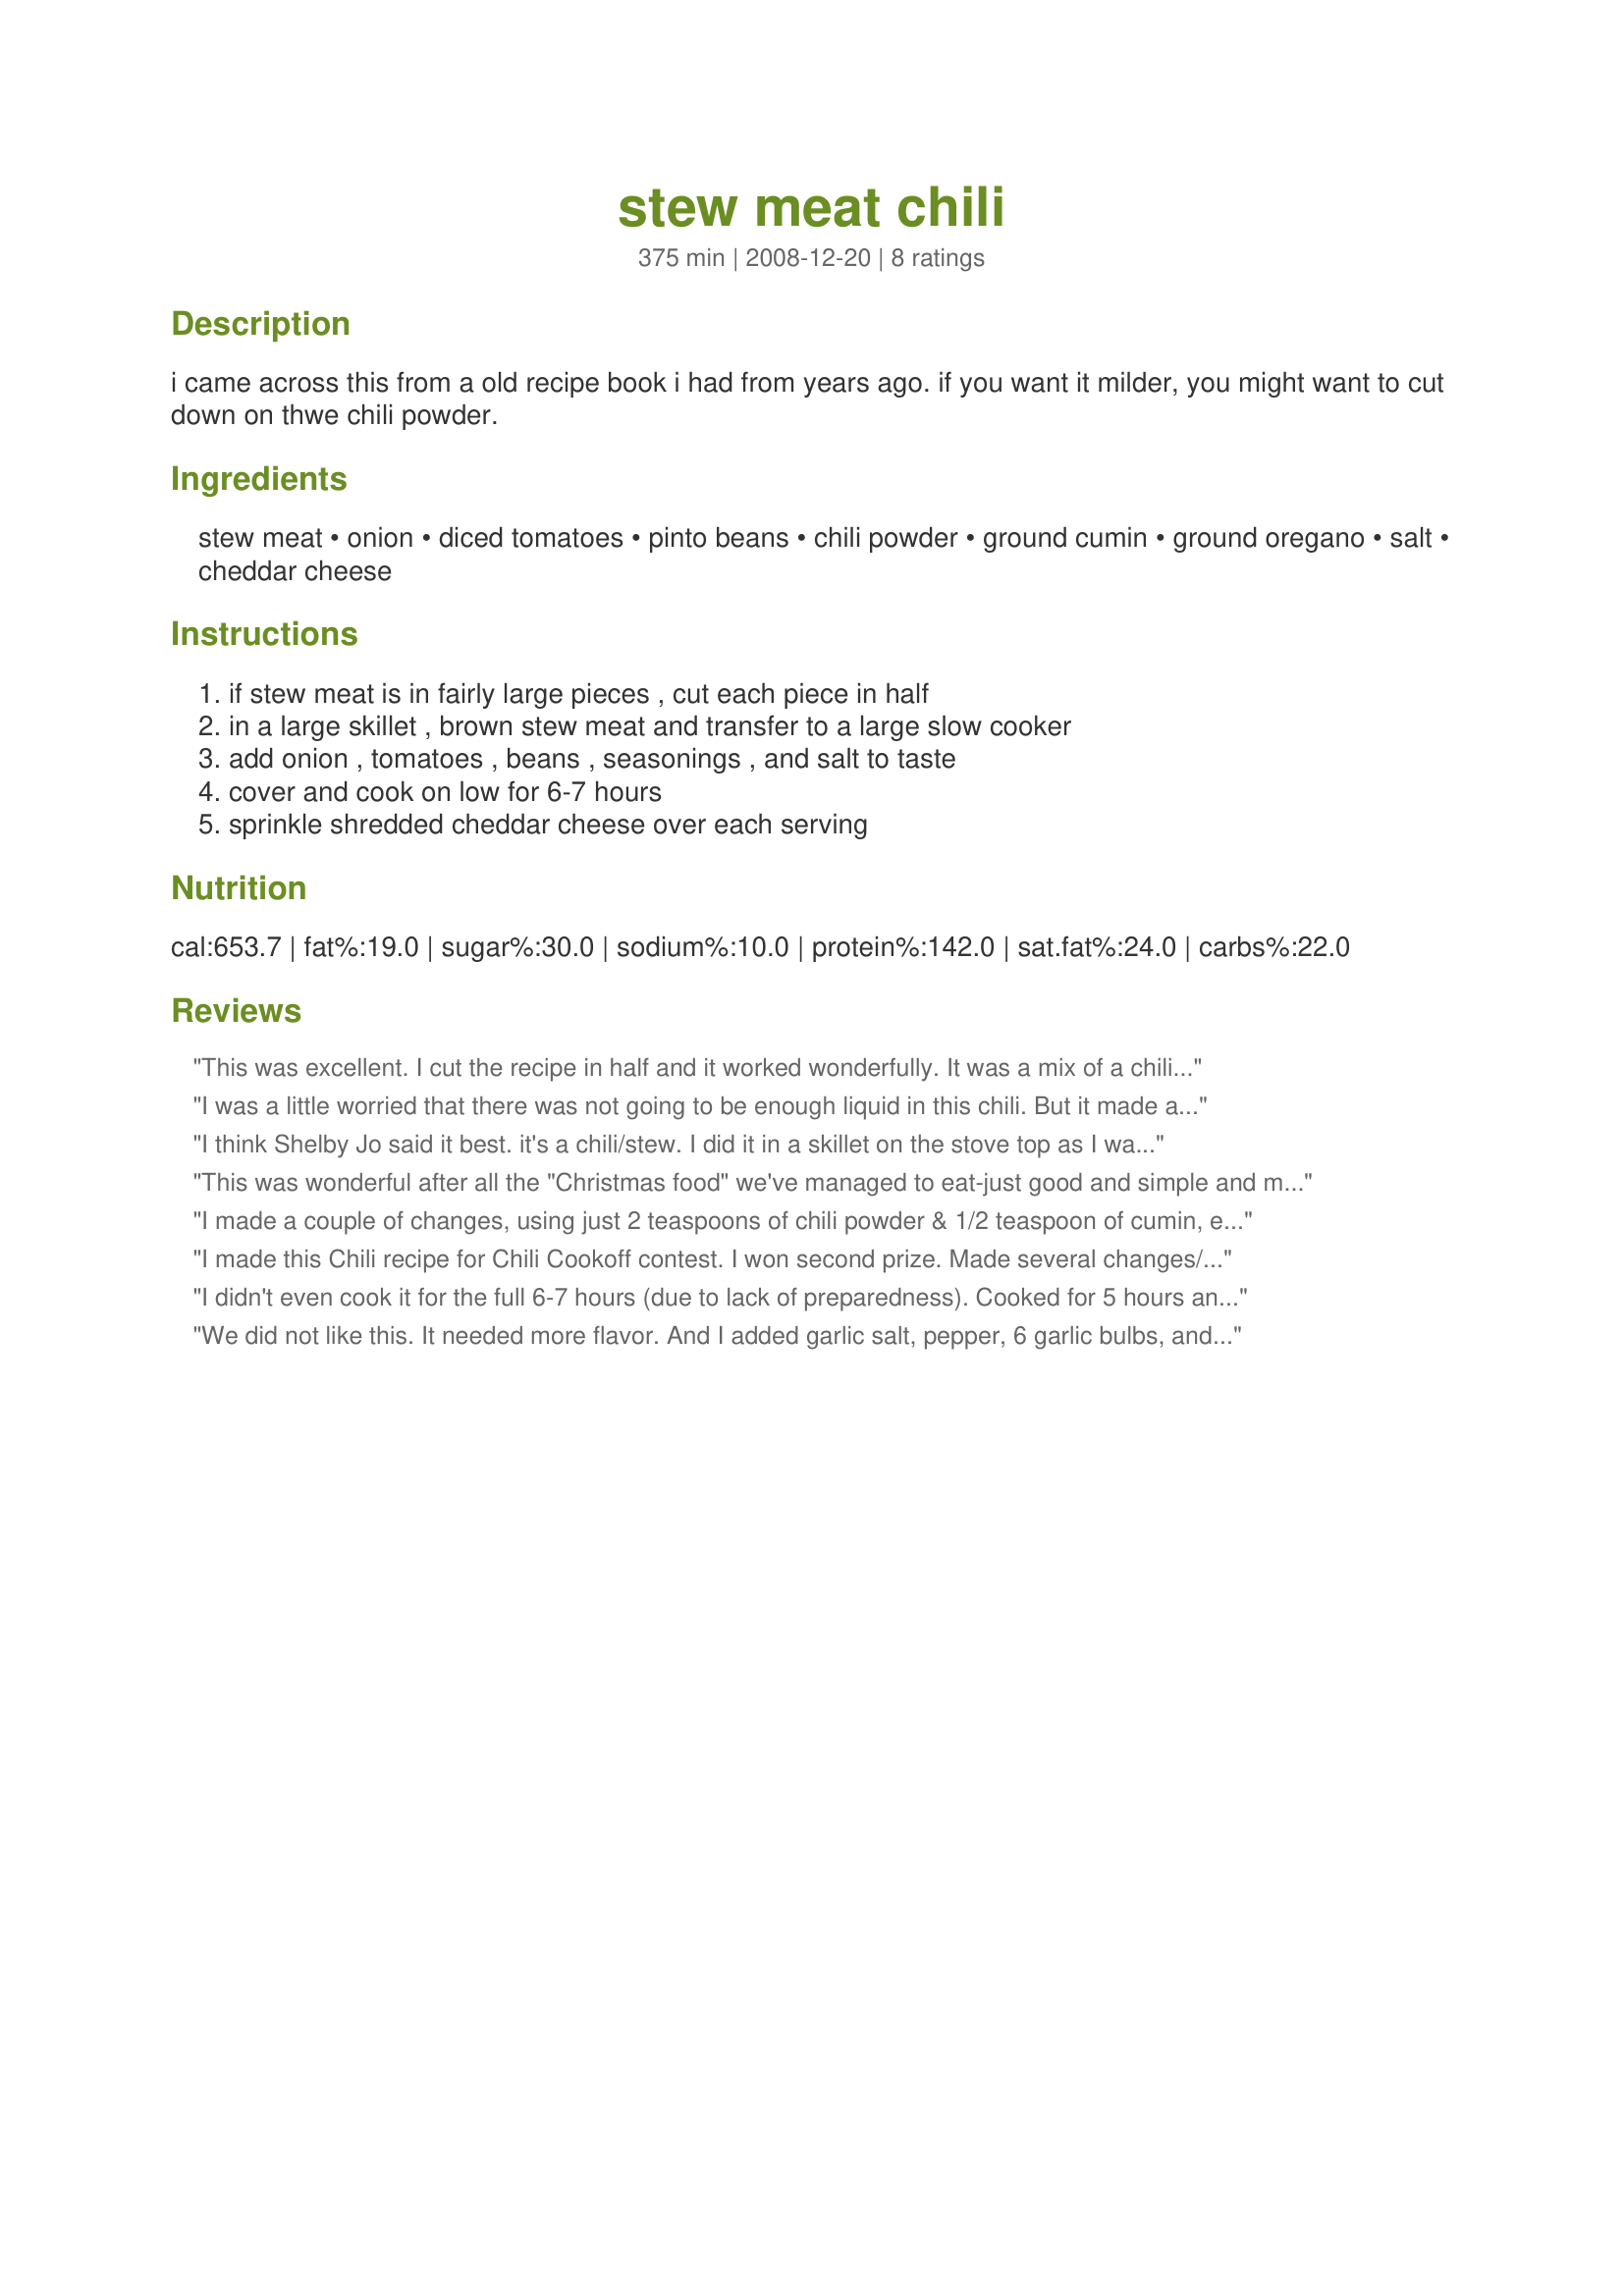
stew meat chili
Preparation time: 375 minutes

i came across this from a old recipe book i had from years ago. if you want it milder, you might want to cut down on thwe chili powder.

Ingredients:
stew meat, onion, diced tomatoes, pinto beans, chili powder, ground cumin, ground oregano, salt, cheddar cheese

Steps:
if stew meat is in fairly large pieces , cut each piece in half, in a large skillet , brown stew meat and transfer to a large slow cooker, add onion , tomatoes , beans , seasonings , and salt to taste, cover and cook on low for 6-7 hours, sprinkle shredded cheddar cheese over each serving

Reviews:
This was excellent. I cut the recipe in half and it worked wonderfully. It was a mix of a chili and a stew. The flavor seemed very stewlike even though there were beans and spices. The stew meat was tender and wonderful. Thanks so much for posting! Made for Went to Market Tag.
I was a little worried that there was not going to be enough liquid in this chili. But it made a nice gravy in the end and tasted great!! The recipe did say to liquid reserved from the beans. But then did not say what to do with it. So I guess if a person wanted more liquid it could have been added back in at the end of the cooking time. Made for ADOPT A TAG, from the game 123 HITS
I think Shelby Jo said it best. it's a chili/stew. I did it in a skillet on the stove top as I was just making it for myself and it turned out very well indeed. The beef almost melts in your mouth and while I did increase the amount of the seasonings (personal preference) I didn't add anything else (although I sure wanted to add garlic, lol) and it very tasty. Thanks very much for this easy and great tasting recipe that I'm sure I'll make again. :D
This was wonderful after all the "Christmas food" we've managed to eat-just good and simple and much needed I think. I used red kidney beans and served the stew over rice sprinkled with cheese and fresh coriander. I also cut it in half for the two of us. I don't own a slow cooker, so cooked it in a heavy based pan on a heat diffuser over a low heat for around 2 hours. Works for me lol.
I made a couple of changes, using just 2 teaspoons of chili powder & 1/2 teaspoon of cumin, everything else was included as given. We had company so there were no leftovers, although our guests asked for a copy of the recipe! I usually do chicken chili, so this was a nice change from that! Absolutely great tasting! Thanks for sharing the recipe! [Made & reviewed in 1-2-3 Hits recipe tag]
I made this Chili recipe for Chili Cookoff contest. I won second prize. <br/> Made several changes/additions to recipe though. Did not think it was spicy enough since I usually add a lor more Chili powder to my chili recipes. I increased amount to 3 tablespoons and it was perfect. I changed the beans to 1 can pinto beans and 1 can black beans.<br/><br/> Decided after making this recipe, that this is the chili i will make when I have the time to cook it over long period of time.
I didn't even cook it for the full 6-7 hours (due to lack of preparedness). Cooked for 5 hours and was delicious. The key is to make sure the stew meat is small enough to have it with the other ingredients in one bite.
We did not like this. It needed more flavor. And I added garlic salt, pepper, 6 garlic bulbs, and celery. I have a lot leftover so I am trying to figure out what to do with it. Don&#039;t want to waste the stew meat. Think I am gonna turn it into shredded beef burritos since it has beans and tomatoes in it.
